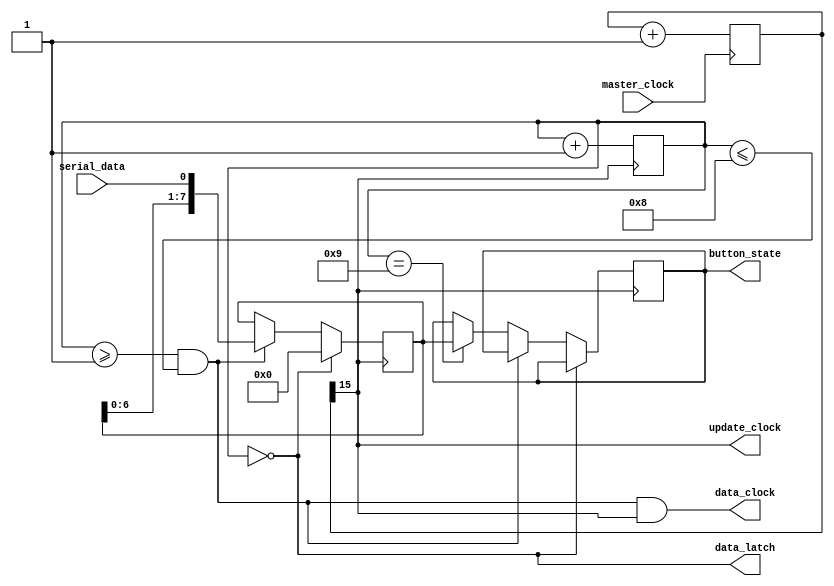
module nes_controller(
		input master_clock,
		// Device connections
		output data_clock,
		output data_latch,
		input serial_data,
		// Data output
		output reg [7:0] button_state,
		output update_clock
   );
	// Unit Parameters //
	parameter Hz  = 1;
	parameter KHz = 1000*Hz;
	parameter MHz = 1000*KHz;
	
	// Context-sensitive Parameters //
	parameter MASTER_CLOCK_FREQUENCY = 100*MHz; // USER VARIABLE
	parameter OUTPUT_UPDATE_FREQUENCY = 120*Hz; // USER VARIABLE
	
	// Clock divider register size
	parameter DIVIDER_EXPONENT = log2( (MASTER_CLOCK_FREQUENCY / OUTPUT_UPDATE_FREQUENCY) / 10 ) - 2;
	
	// Generate a clock for generating the data clock and sampling the controller's output
	reg [DIVIDER_EXPONENT:0] sample_count;
	wire sample_clock = sample_count[DIVIDER_EXPONENT];
	always @(posedge master_clock) sample_count <= sample_count + 1;
	
	// Keep track of the stage of the cycle
	reg [3:0] cycle_stage;
	reg [7:0] data;
	// Generate control signals for the three phases
	wire latch_phase = cycle_stage == 0;
	wire data_phase = cycle_stage >= 1 & cycle_stage <= 8;
	wire end_phase = cycle_stage == 9;
	
	// Handle inputs from the controller
	always @(posedge sample_clock) begin
		     if(latch_phase) data <= 4'h0;
		else if(data_phase)  data <= {data[6:0], serial_data};
		else if(end_phase) begin
			cycle_stage <= 4'h0;
			button_state[7:0] <= data;
		end
		cycle_stage <= cycle_stage + 1;
	end

	// Generate output signals
	assign data_latch = latch_phase;
	assign data_clock = data_phase & sample_clock;
	assign update_clock = sample_clock;
	
	// Helper functions
	function integer log2;
		 input [31:0] value;
		 begin
			  value = value - 1;
			  for (log2 = 0; value > 0; log2 = log2 + 1) begin
					value = value >> 1;
			  end
		 end
	endfunction
endmodule